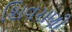
શિવરાણી